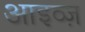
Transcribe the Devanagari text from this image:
आइव्ज़